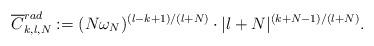
LaTeX: \begin{align*}\overline{C}_{k,l,N} ^{rad} := (N\omega _N ) ^{(l-k+1)/(l+N)} \cdot |l+N | ^{(k+N-1)/(l+N)} .\end{align*}